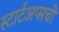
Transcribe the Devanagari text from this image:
स्टार्टअप्सची